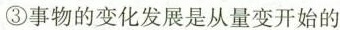
③事物的变化发展是从量变开始的